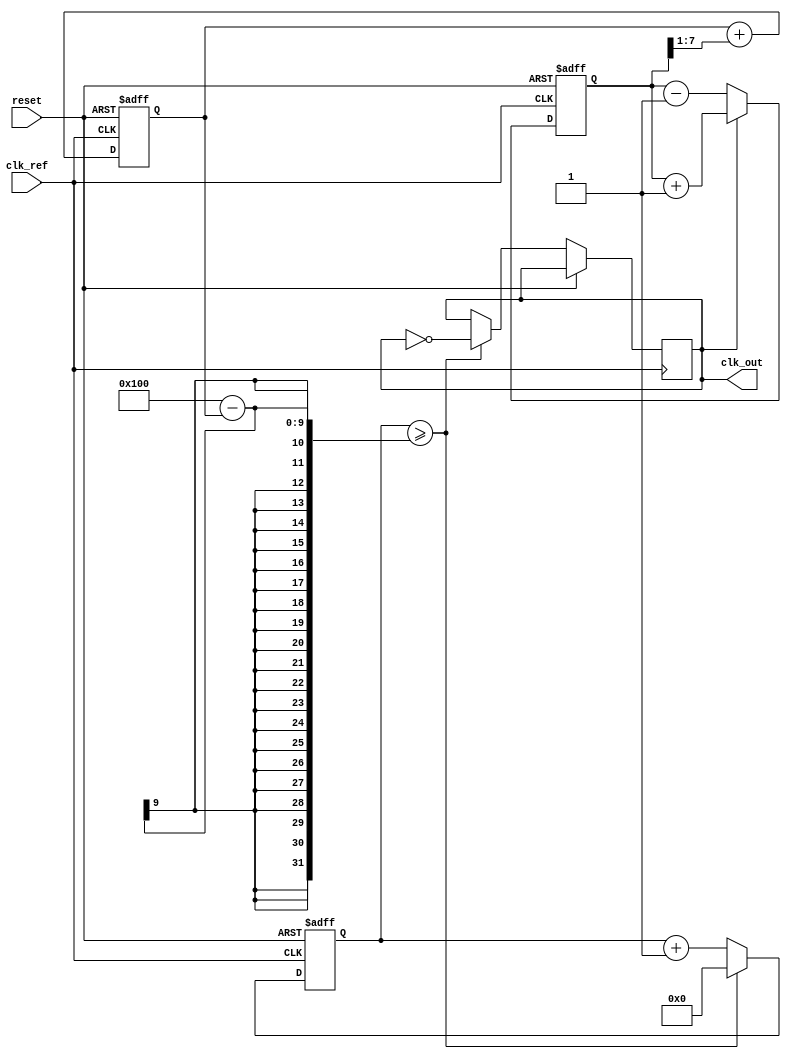
module PLL (
    input wire clk_ref,       // Reference clock input
    input wire reset,         // Reset signal
    output reg clk_out        // Output clock
);

// Parameters
parameter PHASE_DETECTOR_WIDTH = 8; // Bit width for phase detector
parameter LOOP_FILTER_WIDTH = 8;     // Bit width for loop filter
parameter VCO_WIDTH = 8;              // Bit width for VCO

// Internal signals
reg [PHASE_DETECTOR_WIDTH-1:0] phase_error; // Phase error signal
reg [LOOP_FILTER_WIDTH-1:0] control_voltage; // Control voltage for VCO
reg [VCO_WIDTH-1:0] vco_output;              // VCO output frequency
reg [31:0] counter;                           // Counter for VCO frequency generation

// Phase Detector
always @(posedge clk_ref or posedge reset) begin
    if (reset) begin
        phase_error <= 0;
    end else begin
        // Simple phase detector logic (for illustration)
        // Compare the phase of clk_ref and clk_out
        if (clk_out) begin
            phase_error <= phase_error + 1; // Increment error if clk_out is high
        end else begin
            phase_error <= phase_error - 1; // Decrement error if clk_out is low
        end
    end
end

// Loop Filter (Simple First-Order Filter)
always @(posedge clk_ref or posedge reset) begin
    if (reset) begin
        control_voltage <= 0;
    end else begin
        // Simple loop filter logic
        control_voltage <= control_voltage + (phase_error >> 1); // Adjust control voltage
    end
end

// Voltage-Controlled Oscillator (VCO)
always @(posedge clk_ref or posedge reset) begin
    if (reset) begin
        vco_output <= 0;
        counter <= 0;
    end else begin
        // VCO frequency generation based on control voltage
        counter <= counter + 1;
        if (counter >= (256 - control_voltage)) begin // Adjust frequency based on control voltage
            clk_out <= ~clk_out; // Toggle output clock
            counter <= 0; // Reset counter
        end
    end
end

endmodule